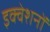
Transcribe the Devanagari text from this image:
इक्वेशनों